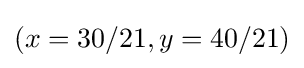
(x=30/21,y=40/21)